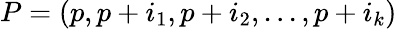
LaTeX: P=(p,p+i_{1},p+i_{2},...,p+i_{k})